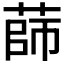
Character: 𦴫